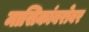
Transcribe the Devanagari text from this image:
मासिकांबरोबर